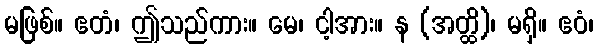
မဖြစ်။ ဧတံ၊ ဤသည်ကား။ မေ၊ ငါ့အား။ န (အတ္ထိ)၊ မရှိ။ ဧဝံ၊